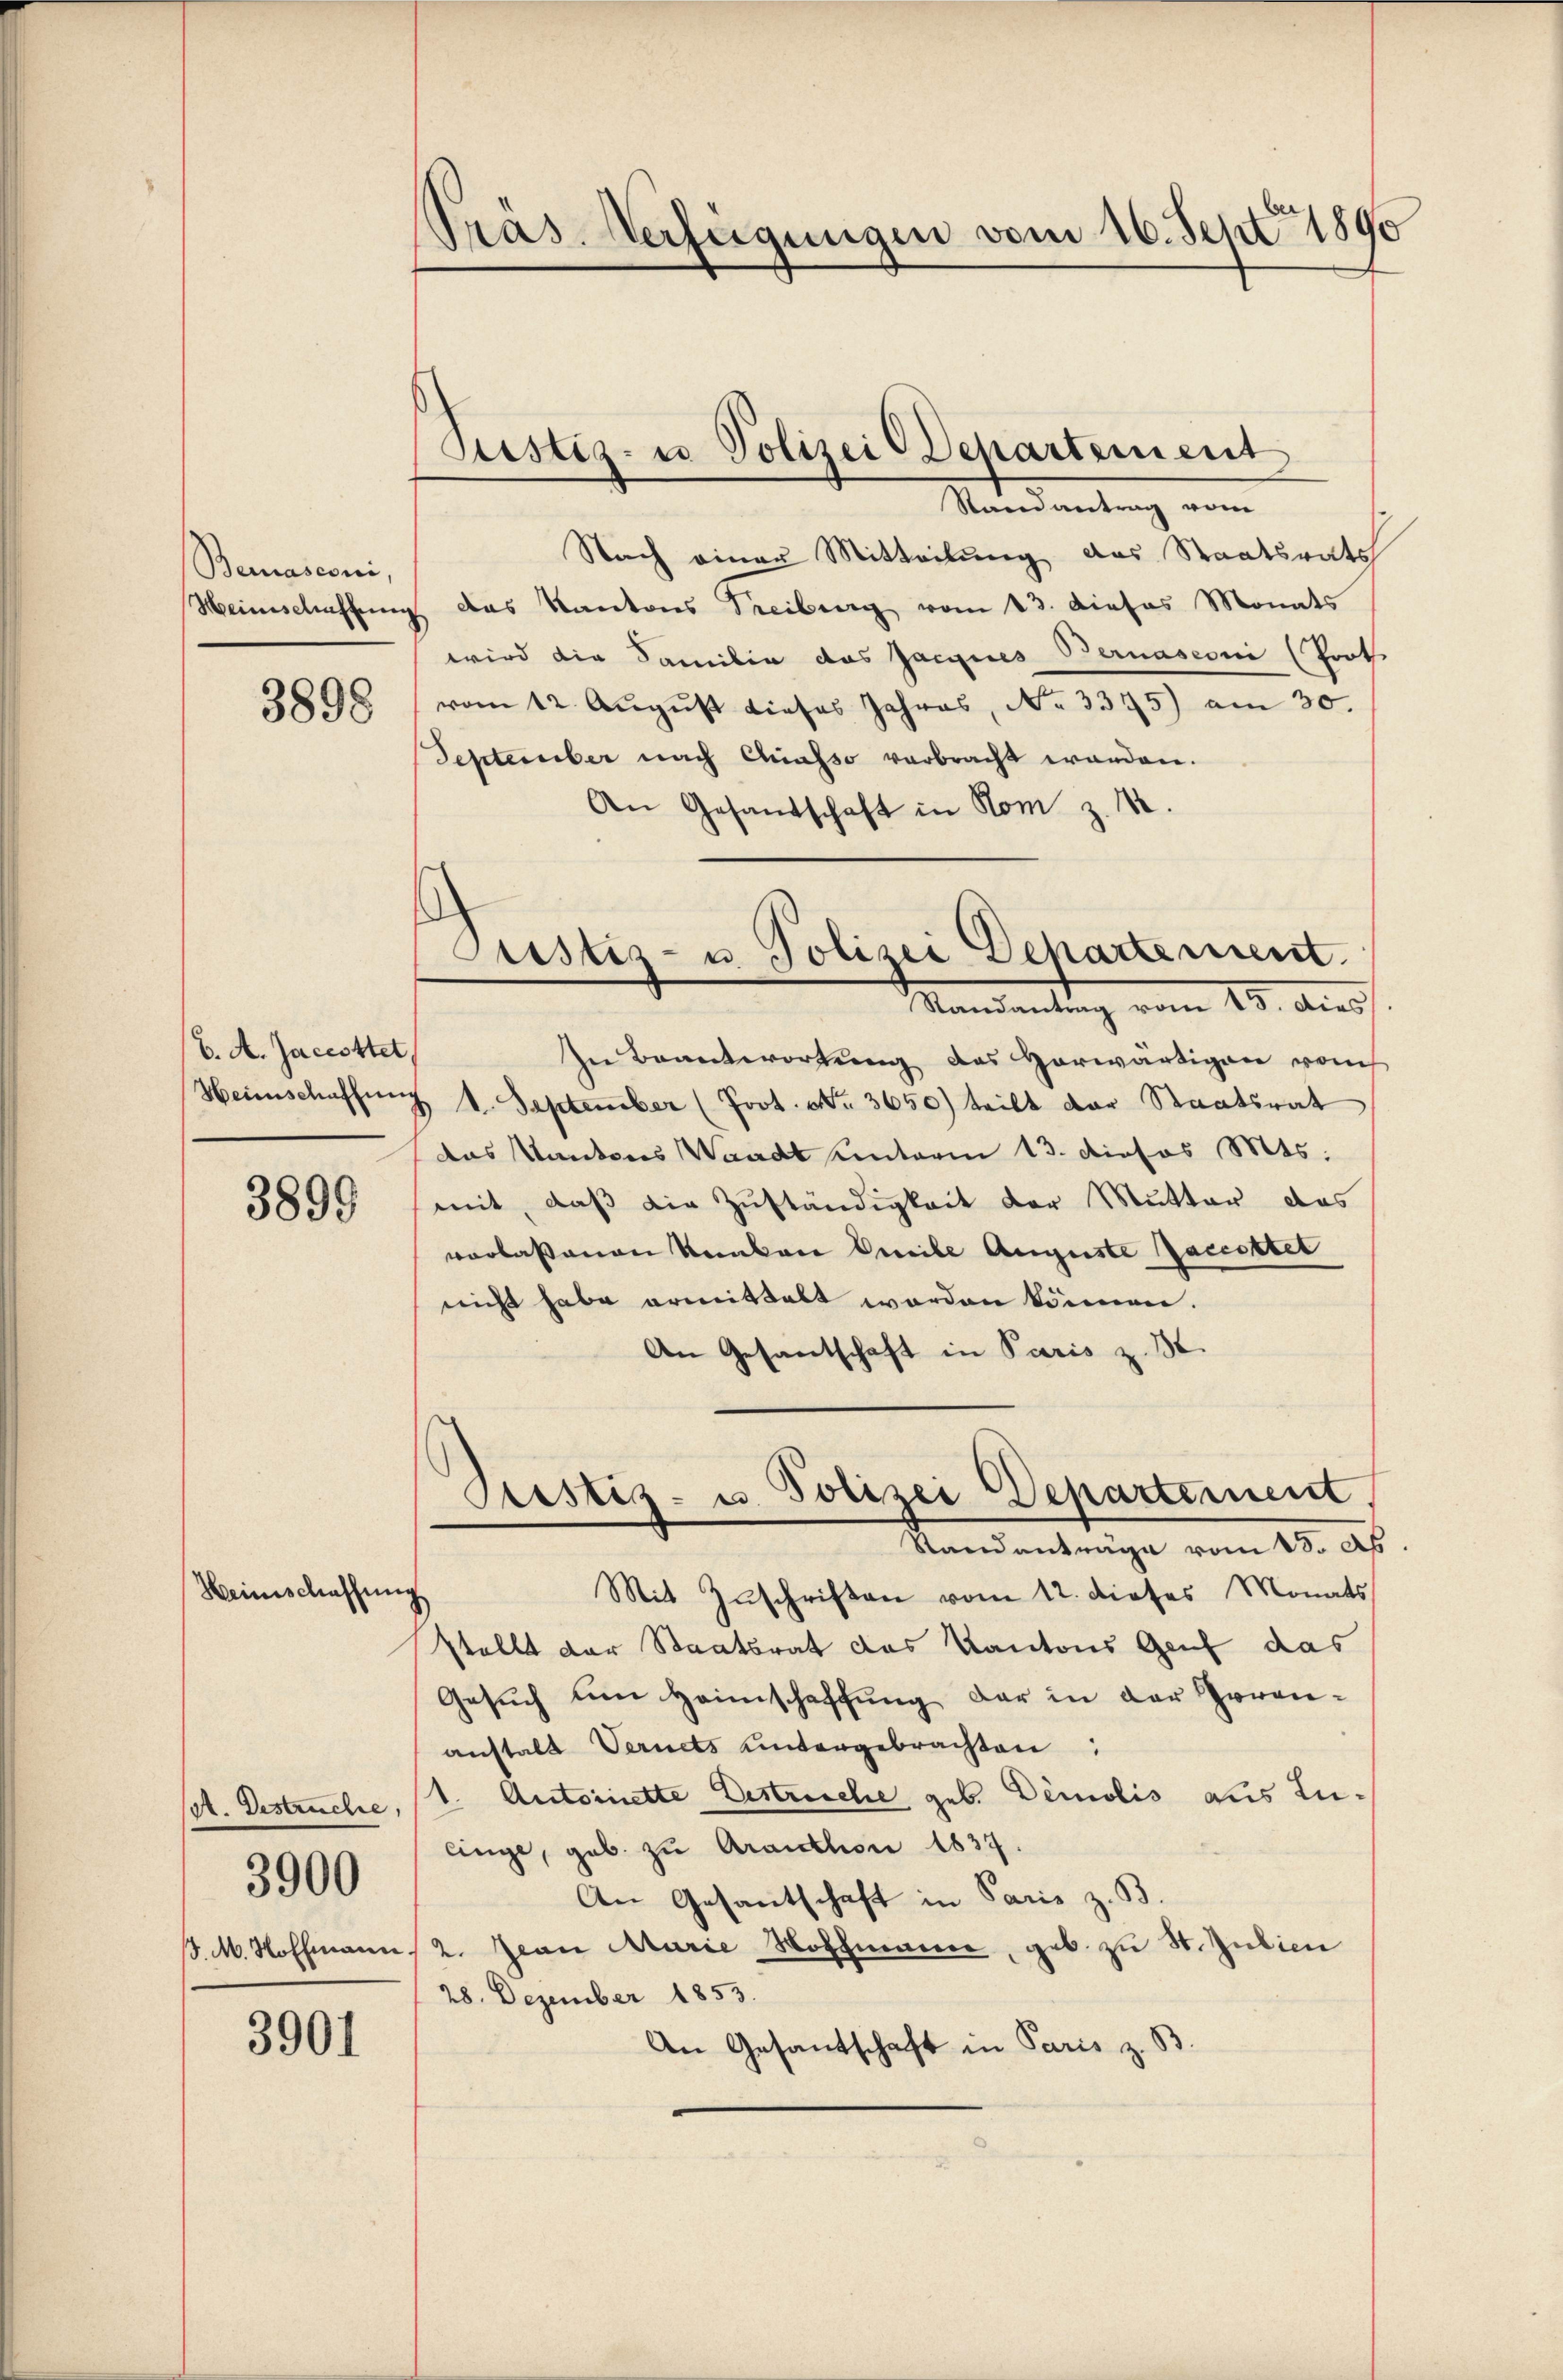
Bernasconi,

Weinschaffung

3898

C. A. Jacesttet,
Heinschaffung

3899

A. Bestruche,

3900

3901

/. M. Hoffmann

Präs. Verfügungen vom 16. Sept 1890

Justiz- u Polizei Departement
Randantrag vom

Nach einer Mitteilung des Staatsrats
Heinschaffung das Kantons Treiburg vom 13. Dieses Monats
wird die Familie das Jacques Bernasconi (Port
vom 12. August dieses Jahres, No 3375) am 30.
September nach Quasso verbracht werden.
An Gesandschaft in Rom z. 12.
In Beantwortung des vorwärtigen vom
 V. September (Poot. No. 3650) teilt der Staatsrat
das Kantons Waadt unterm 13. dieses Mts.
mit, daß die Zuständigkeit der Mutter das
vorlassenen Kanton Emile Auguste Jaccettet
nicht habe ermittelt worden können.
An Gesantschaft in Paris z. B.
Prestiz- u. Polizei Departement,
Standanträge vom 15. Ap
Mit Zuschriften vom 12. dieses Monats
stellt der Staatsrat das Kantons Genf das
Gesuch um Heimschaffung der in der Garananstalt Vernets untergebrachten:
1. Antoinette Destreiche geb. Demolis aus Lulinge, geb. zu Arauthon 1837.
An Gesantschaft in Paris z. B.
2. Jean Marie Hoffmanne, geb. zu St. Julien
28. Dezember 1853.
An Gesantschaft in Paris z. B.

Justiz- u. Polizei Dehartement.
Mandantung vom 13. Ausf